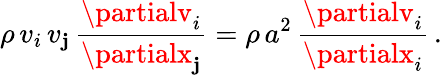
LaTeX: \rho\, v_{i}\, v_{\mathbf{j}}\, {\frac{{\partialv_{i}}}{{\partialx_{\mathbf{j}}}}}=\rho\, a^{2}\, {\frac{{\partialv_{i}}}{{\partialx_{i}}}}\, .